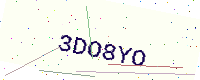
Text: 3DO8YO